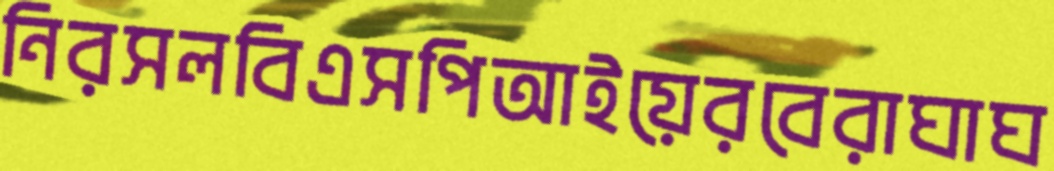
নিরসলবিএসপিআইয়েরবেরাঘাঘ